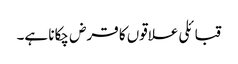
قبائلی علاقوں کا قرض چکانا ہے۔